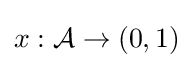
x:{\mathcal {A}}\rightarrow (0,1)